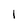
Character: 1